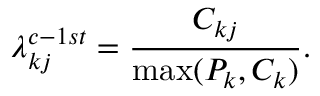
\lambda _ { k j } ^ { c - 1 s t } = \frac { C _ { k j } } { \operatorname* { m a x } ( P _ { k } , C _ { k } ) } .